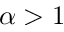
\alpha > 1